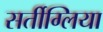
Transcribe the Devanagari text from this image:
सर्तीग्लिया